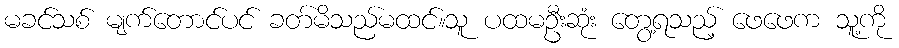
မခင်သစ် မျက်တောင်ပင် ခတ်မိသည်မထင်။သူ ပထမဦးဆုံး တွေ့ရသည့် ဖေဖေက သူ့ကို